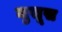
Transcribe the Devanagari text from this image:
जुसूस